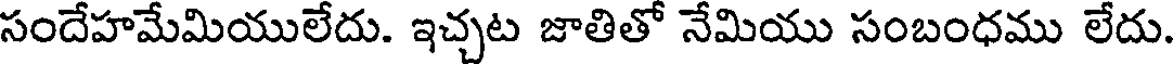
సందేహమేమియులేదు. ఇచ్చట జాతితో నేమియు సంబంధము లేదు.